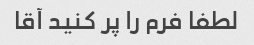
لطفا فرم را پر کنید آقا